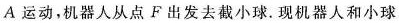
A运动，机器人从点F出发去截小球。现机器人和小球